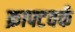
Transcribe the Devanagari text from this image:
क्राफ्टवर्क